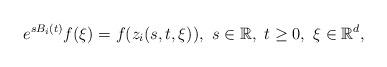
LaTeX: \begin{align*}e^{sB_i(t)}f(\xi)=f(z_i(s,t,\xi)),\ s\in\mathbb{R},\ t\geq0,\ \xi\in\mathbb{R}^d,\end{align*}